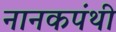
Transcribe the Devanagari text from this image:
नानकपंथी